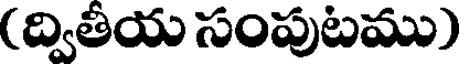
(ద్వితీయ సంపుటము)